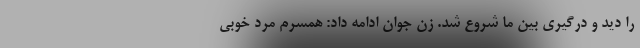
را دید و درگیری بین ما شروع شد. زن جوان ادامه داد: همسرم مرد خوبی